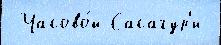
 Часово́й Сасагур'и